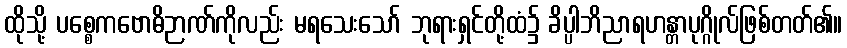
ထိုသို့ ပစ္စေကဗောဓိဉာဏ်ကိုလည်း မရသေးသော် ဘုရားရှင်တို့ထံ၌ ခိပ္ပါဘိညာရဟန္တာပုဂ္ဂိုလ်ဖြစ်တတ်၏။